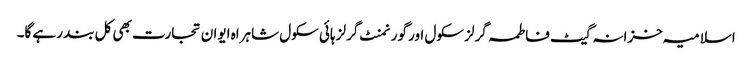
اسلامیہ خزانہ گیٹ فاطمہ گرلز سکول اور گورنمنٹ گرلز ہائی سکول شاہراہ ایوان تجارت بھی کل بند رہے گا۔